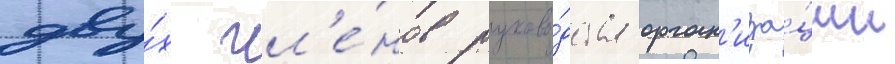
дву́х чл'е́нов руково́дства орган'иза́ции